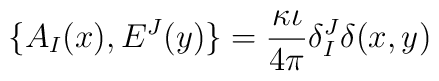
\{A_I(x),E^J(y)\}=\frac{\kappa\iota}{4\pi}\delta^J_I\delta(x,y)